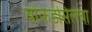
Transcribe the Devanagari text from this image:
बोकडसिलेचा